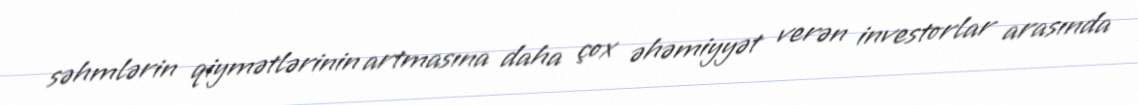
səhmlərin qiymətlərinin artmasına daha çox əhəmiyyət verən investorlar arasında